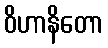
ဝိဟာနိတော